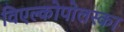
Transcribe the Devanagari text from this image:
विएल्कोपोलस्का